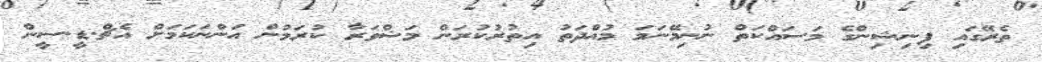
ތެރޭގައި ފިނިޝިންގެ މަސައްކަތް ނުނިމޭނަމަ މުއްދަތު އިތުރުކުރަން މަޝްވަރާ ކުރަމުން އަންނަކަމަށް އެޗް.ޑީ.ސީން